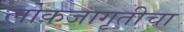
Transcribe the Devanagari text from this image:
लोकजागृतीचा